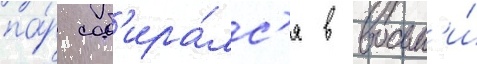
па́р соб'ира́лс'я в восьм'и́